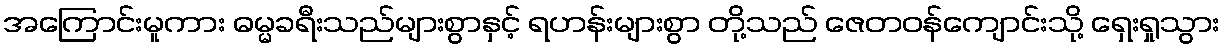
အကြောင်းမူကား ဓမ္မခရီးသည်များစွာနှင့် ရဟန်းများစွာ တို့သည် ဇေတဝန်ကျောင်းသို့ ရှေးရှုသွား